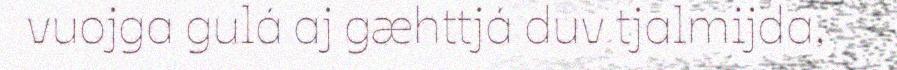
vuojga gulá aj gæhttjá duv tjalmijda,